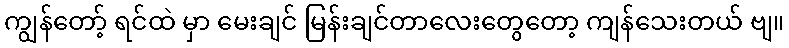
ကျွန်တော့် ရင်ထဲ မှာ မေးချင် မြန်းချင်တာလေးတွေတော့ ကျန်သေးတယ် ဗျ။